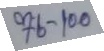
76 - 100